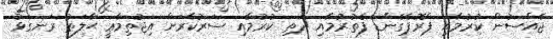
ޖެއްސުން ކުރުމާއި ޕްރޮޕެގެންޑާ ފެތުރުމާއި ދަތި ކުރުމާއި ސަރުކާރަށް އިޖުތިމާޢީ ޙާލަތު ރަނގަޅު